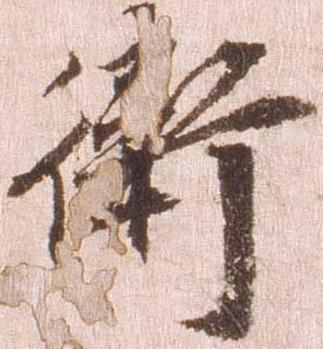
衛